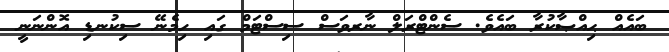
ބައެއް ޙިއްޞާކުރާ ބައެވެ. ސެންޓްރަލް ނާރވަސް ސިސްޓަމް ގައި ހިމެނޭ ސިކުނޑި އޮންނަނީ